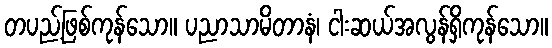
တပည့်ဖြစ်ကုန်သော။ ပညာသာမိတာနံ၊ ငါးဆယ်အလွန်ရှိကုန်သော။